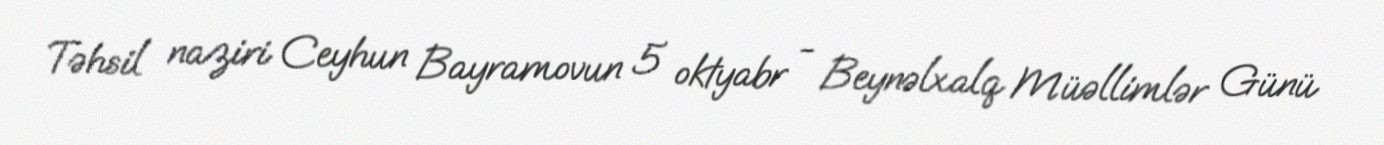
Təhsil naziri Ceyhun Bayramovun 5 oktyabr - Beynəlxalq Müəllimlər Günü